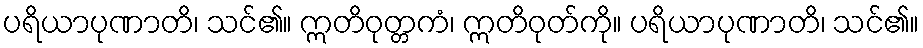
ပရိယာပုဏာတိ၊ သင်၏။ ဣတိဝုတ္တကံ၊ ဣတိဝုတ်ကို။ ပရိယာပုဏာတိ၊ သင်၏။